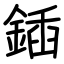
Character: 鍤